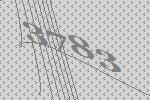
3783